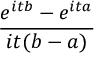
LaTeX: \! \, { \frac { e ^ { i t b } - e ^ { i t a } } { i t ( b - a ) } }